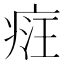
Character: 𤶶